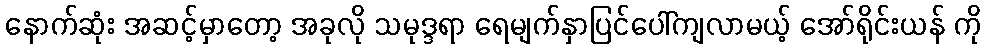
နောက်ဆုံး အဆင့်မှာတော့ အခုလို သမုဒ္ဒရာ ရေမျက်နှာပြင်ပေါ်ကျလာမယ့် အော်ရိုင်းယန် ကို